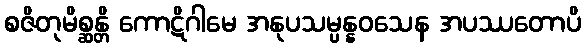
စဇိတုမိစ္ဆန္တိ ကောဋိဂါမေ အနုပသမ္ပန္နဝသေန အပဿတောပိ